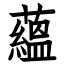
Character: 蘊